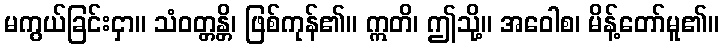
မကွယ်ခြင်းငှာ။ သံဝတ္တန္တိ၊ ဖြစ်ကုန်၏။ ဣတိ၊ ဤသို့။ အဝေါစ၊ မိန့်တော်မူ၏။